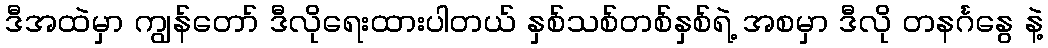
ဒီအထဲမှာ ကျွန်တော် ဒီလိုရေးထားပါတယ် နှစ်သစ်တစ်နှစ်ရဲ့ အစမှာ ဒီလို တနင်္ဂနွေ နဲ့